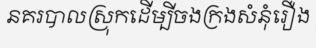
នគរបាលស្រុកដើម្បីចងក្រងសំនុំរឿង